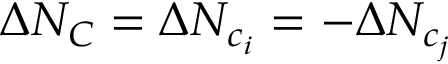
\Delta N _ { C } = \Delta N _ { c _ { i } } = - \Delta N _ { c _ { j } }